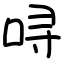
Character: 㖊